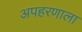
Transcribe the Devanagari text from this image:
अपहरणाला